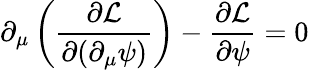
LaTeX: \partial_{\mu}\left({\frac{\partial{\mathcal{L}}}{\partial(\partial_{\mu}\psi)}}\right)-{\frac{\partial{\mathcal{L}}}{\partial\psi}}=0